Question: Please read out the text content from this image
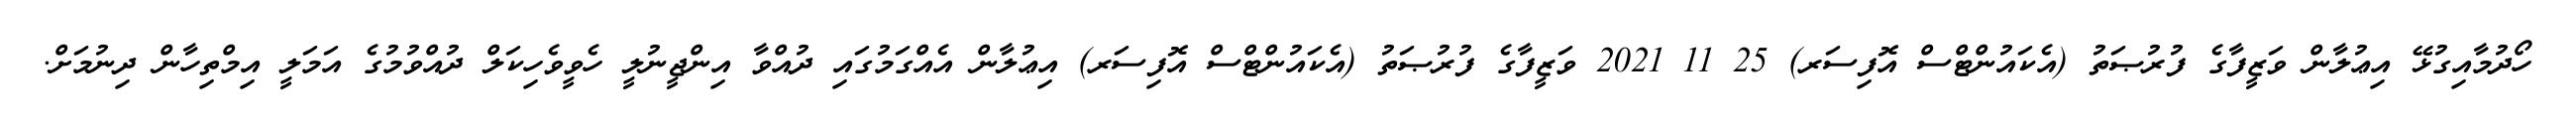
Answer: ހޯދުމާއިގުޅޭ އިޢުލާން ވަޒީފާގެ ފުރުޞަތު (އެކައުންޓްސް އޮފިސަރ) 25 11 2021 ވަޒީފާގެ ފުރުޞަތު (އެކައުންޓްސް އޮފިސަރ) އިޢުލާން އެއްގަމުގައި ދުއްވާ އިންޖީނުލީ ހެވީވެހިކަލް ދުއްވުމުގެ އަމަލީ އިމްތިހާން ދިނުމަށް.